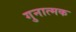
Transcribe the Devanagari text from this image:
गुनात्मक